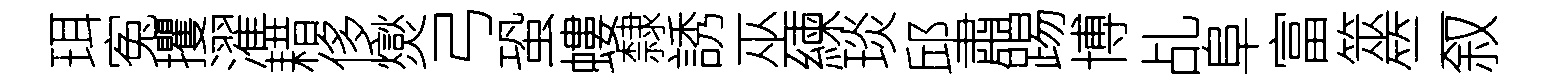
珥寃攫濯耤侈爕弓蛩螻隸誘巫練琰邱肅踢博乩阜富筮竺叙